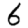
Digit: 6